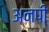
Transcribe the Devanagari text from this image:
अनपी